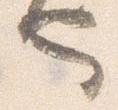
也